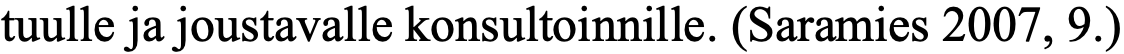
tuulle ja joustavalle konsultoinnille. (Saramies 2007, 9.)